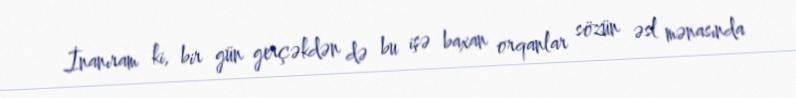
İnanıram ki, bir gün gerçəkdən də bu işə baxan orqanlar sözün əsl mənasında